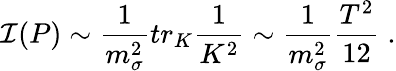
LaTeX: {\cal I}(P)\sim\frac{1}{m_{\sigma}^{2}}tr_{K}\frac{1}{K^{2}}\sim\frac{1}{m_{\sigma}^{2}}\frac{T^{2}}{12}\; .